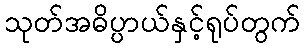
သုတ်အဓိပ္ပာယ်နှင့်ရုပ်တွက်